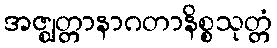
အဇ္ဈတ္တာနာဂတာနိစ္စသုတ္တံ